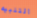
التنبيه